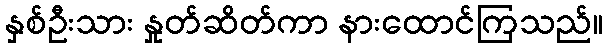
နှစ်ဦးသား နှုတ်ဆိတ်ကာ နားထောင်ကြသည်။